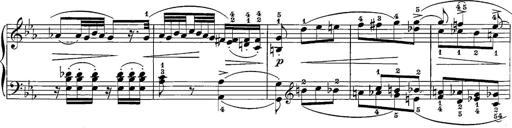
Title: 12 Sonatine per Pianoforte
Composer: Friedrich Kuhlau